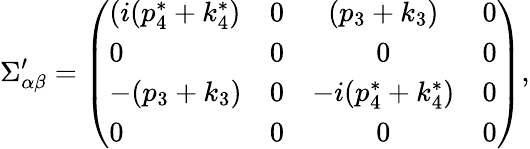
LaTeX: \Sigma_{\alpha\beta}^{\prime}=\left(\begin{array}{lccr}{{(i(p_{4}^{*}+k_{4}^{*})}}&{{0}}&{{(p_{3}+k_{3})}}&{{0}}\\ {{0}}&{{0}}&{{0}}&{{0}}\\ {{-(p_{3}+k_{3})}}&{{0}}&{{-i(p_{4}^{*}+k_{4}^{*})}}&{{0}}\\ {{0}}&{{0}}&{{0}}&{{0}}\end{array}\right),